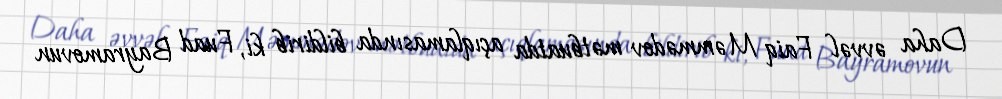
Daha əvvəl Faiq Məmmədov mətbuatda açıqlamasında bildirib ki, Fuad Bayramovun